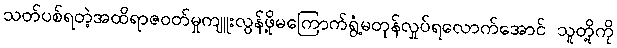
သတ်ပစ်ရတဲ့အထိရာဇဝတ်မှုကျူးလွန်ဖို့မကြောက်ရွံ့မတုန်လှုပ်ရလောက်အောင် သူတို့ကို